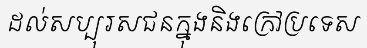
ដល់សប្បុរសជនក្នុងនិងក្រៅប្រទេស